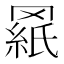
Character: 𰭓